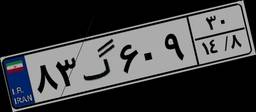
۸۳گ۶۰۹۳۰